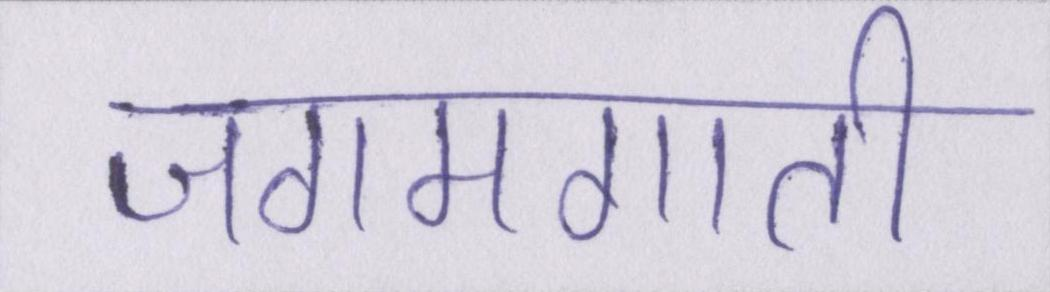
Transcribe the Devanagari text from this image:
जगमगाती